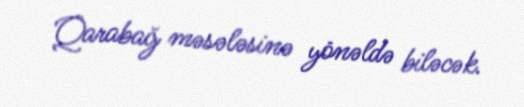
Qarabağ məsələsinə yönəldə biləcək.